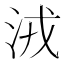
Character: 𣴛